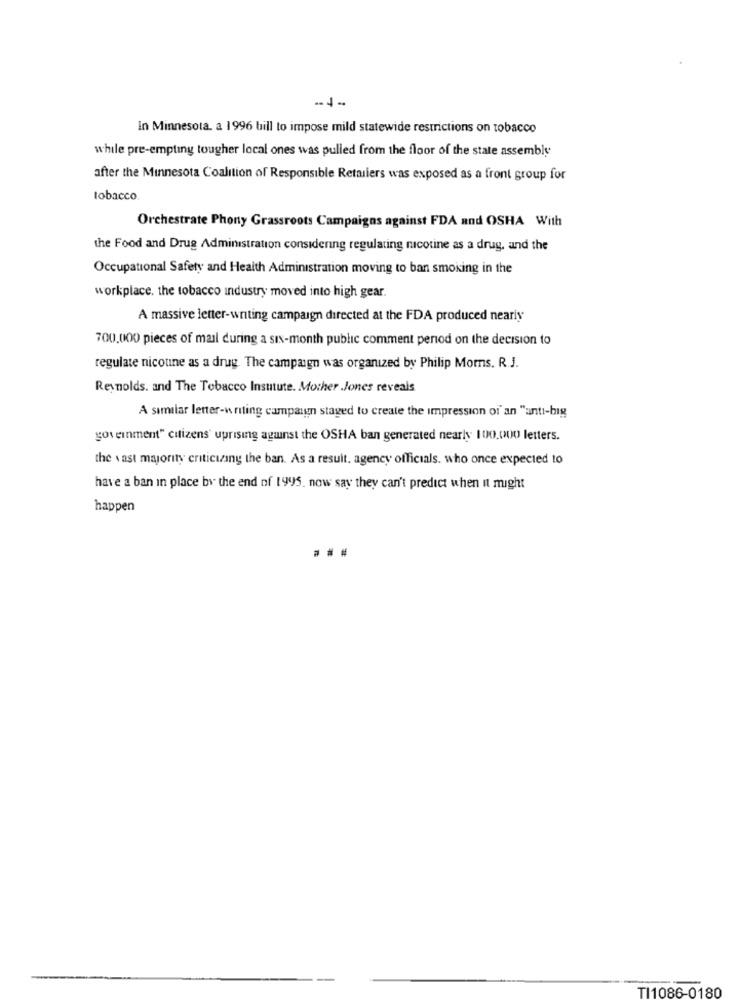
In Minnesota. a 1996 bill to impose mild statewide restrictions on tobacco
while pre-empting tougher local ones was pulled from the floor of the state assembly
after the Minnesota Coalition of Responsible Retailers was exposed as a front group for
tobacco
Orchestrate Phony Grassroots Campaigns against FDA and OSHA With
the Food and Drug Administration considering regulating nicotine as a drug, and the
Occupational Safety and Health Administration moving to ban smoking in the
workplace. the tobacco industry moved into high gear.
A massive letter-writing campaign directed at the FDA produced nearly
700.000 pieces of mail during a six-month public comment period on the decision to
regulate nicotine as a drug. The campaign was organized by Philip Moms. R.J.
Reynolds. and The Tobacco Insutute. Mother Jones reveals
A similar letter-writing campaign staged to create the impression of' an "anti-big
government" citizens' uprising against the OSHA ban generated nearly 100.000 letters.
the vast majority criticizing the ban. As a result, agency officials. who once expected to
have a ban in place by the end of 1995. now say they can't predict when it might
happen
TI1086-0180